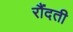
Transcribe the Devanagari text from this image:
रौंदती